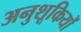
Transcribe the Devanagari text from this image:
अनुशूकियों